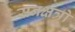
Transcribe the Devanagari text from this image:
सनक्षत्रो